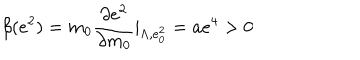
LaTeX: \beta ( e ^ { 2 } ) = m _ { 0 } \frac { \partial e ^ { 2 } } { \partial m _ { 0 } } | _ { \Lambda , e _ { 0 } ^ { 2 } } = a e ^ { 4 } > 0